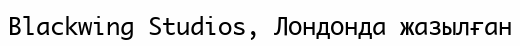
Blackwing Studios, Лондонда жазылған